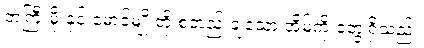
ဘကြီးမိုးနှင့် မောင်မျိုးတို့ စတည်းချသော အိမ်ကို တွေ့ရှိသည်။